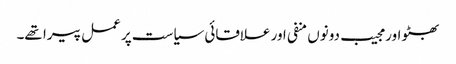
بھٹو اور مجیب دونوں منفی اور علاقائی سیاست پر عمل پیرا تھے۔